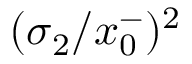
( \sigma _ { 2 } / x _ { 0 } ^ { - } ) ^ { 2 }